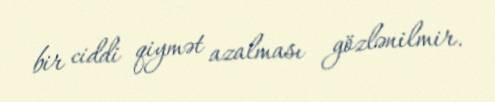
bir ciddi qiymət azalması gözlənilmir.